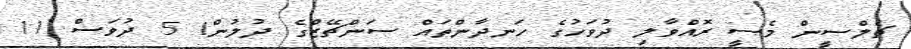
ޗެލްސީން މެސީ ރޮއްވާލި ދުވަހުގެ ހަނދާންތައް ސަންޗޭޒްގެ ދުލުން! 5 ދުވަސް 11